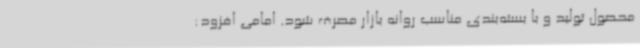
محصول تولید و با بسته‌بندی مناسب روانه بازار مصرف شود. امامی افزود: